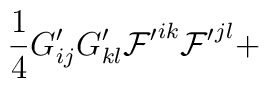
\frac{1}{4} G'_{ij} G'_{kl} {\cal F'}^{ik}{\cal F'}^{jl}+